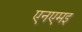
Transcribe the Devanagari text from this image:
एनएमइ